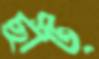
ছাঁট্‌